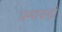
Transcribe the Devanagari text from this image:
प्रभावको